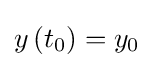
y\left(t_{0}\right)=y_{0}